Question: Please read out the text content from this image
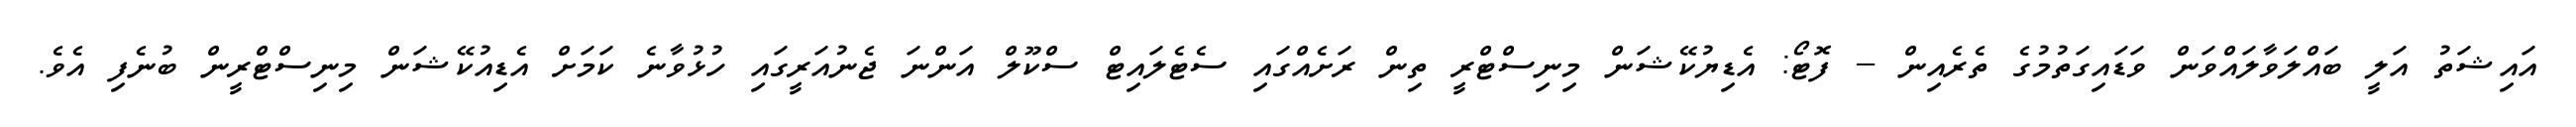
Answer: އައިޝަތު އަލީ ބައްލަވާލައްވަން ވަޑައިގަތުމުގެ ތެރެއިން -- ފޮޓޯ: އެޑިޔުކޭޝަން މިނިސްޓްރީ ތިން ރަށެއްގައި ސެޓެލައިޓް ސްކޫލް އަންނަ ޖެނުއަރީގައި ހުޅުވާނެ ކަމަށް އެޑިއުކޭޝަން މިނިސްޓްރީން ބުނެފި އެވެ.